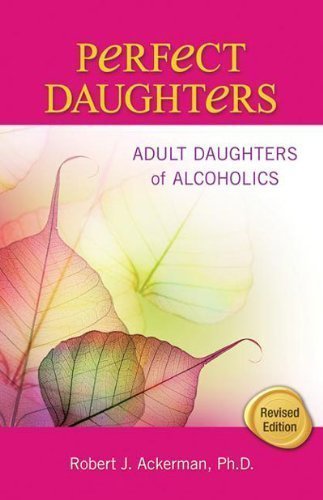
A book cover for Perfect Daughters (Revised Edition): Adult Daughters of Alcoholics by Robert Ackerman (July 1 2002); Health, Fitness & Dieting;